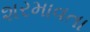
શરમાવતા